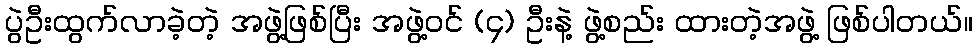
ပွဲဦးထွက်လာခဲ့တဲ့ အဖွဲ့ဖြစ်ပြီး အဖွဲ့ဝင် (၄) ဦးနဲ့ ဖွဲ့စည်း ထားတဲ့အဖွဲ့ ဖြစ်ပါတယ်။